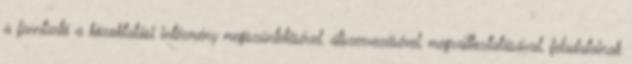
a fenntartó a közoktatási intézmény megszüntetésével, átszervezésével, megváltoztatásával, feladatainak